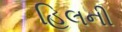
હિલની